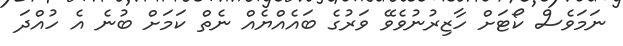
ނަމަވެސް ކޯޓަށް ހާޒިރުނުވެވޭ ވަރުގެ ބައެއްޔެއް ނެތް ކަމަށް ބުނެ އެ ހުއްދަ